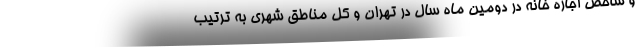
و شاخص اجاره خانه در دومین ماه سال در تهران و کل مناطق شهری به ترتیب